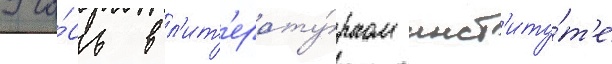
Уча́сь в л'ит'ерату́рном инст'иту́т'е